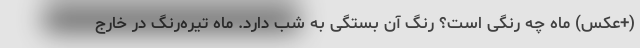
(+عکس) ماه چه رنگی است؟ رنگ آن بستگی به شب دارد. ماه تیره‌رنگ در خارج